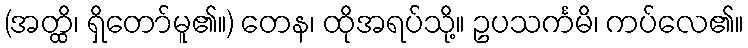
(အတ္ထိ၊ ရှိတော်မူ၏။) တေန၊ ထိုအရပ်သို့။ ဥပသင်္ကမိ၊ ကပ်လေ၏။